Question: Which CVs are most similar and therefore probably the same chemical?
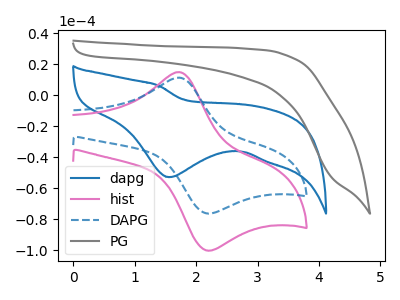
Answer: <think>The blue curve "dapg" has a cathodic peak at: (1.55V, -52.80uA). The pink curve "hist" has an anodic peak at (1.70V, 15.00uA) and a cathodic peak at (2.15V, -100.00uA). The blue dashed curve "DAPG" has an anodic peak at (1.70V, 11.40uA) and a cathodic peak at (2.15V, -76.10uA). The gray curve "PG" has no peaks.
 "dapg" and "hist" have a different number of peaks. "dapg" and "DAPG" have a different number of peaks. "dapg" and "PG" have a different number of peaks. All the peaks in "hist" have a peak in "DAPG" at the same potential. Every peak in "hist" is higher than every peak in "DAPG". "hist" and "PG" have a different number of peaks. "DAPG" and "PG" have a different number of peaks.</think>
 <answer>"DAPG" and "hist" have the same shape and are likely CV's of the same chemical.</answer>
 <eval>"DAPG" "hist"</eval>